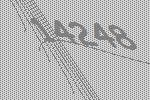
14248